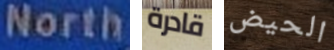
North قادرة الحيض